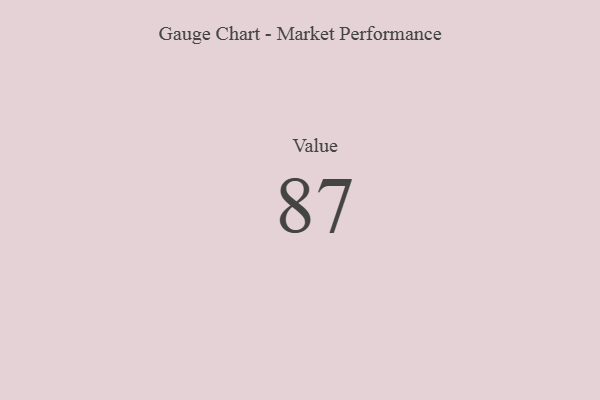
{"axis": {"x": "Metric", "y": "Value"}, "legend": [""], "data": [{"x": "Value", "y": 87, "type": ""}]}